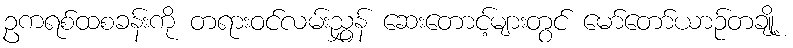
ဥကရစ်ထစခန်းကို တရားဝင်လမ်းညွှန် ဆေးတောင့်များတွင် မော်တော်ယာဉ်တချို့